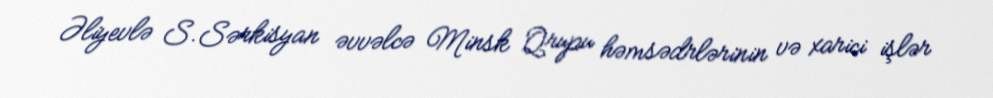
Əliyevlə S.Sərkisyan əvvəlcə Minsk Qrupu həmsədrlərinin və xarici işlər